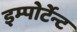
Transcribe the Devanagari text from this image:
इम्पोर्टेन्ट